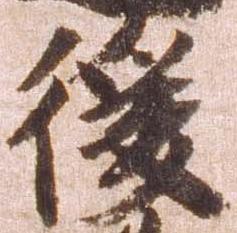
後